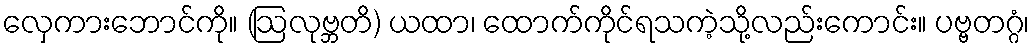
လှေကားဘောင်ကို။ (ဩလုဗ္ဘတိ) ယထာ၊ ထောက်ကိုင်ရသကဲ့သို့လည်းကောင်း။ ပဗ္ဗတဂ္ဂံ၊